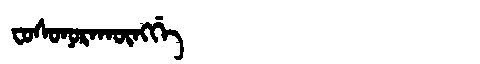
Manchu: ᠸᠣᠰᠣᠨᠣᡵᠠᡴᡡᠩᡤᡝ
Romanization: FOSONORAKŪNGGE